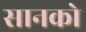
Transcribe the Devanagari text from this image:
सानको